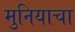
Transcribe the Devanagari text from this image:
मुनियाचा